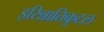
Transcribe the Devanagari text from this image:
इरिन्नातिकुटल